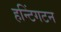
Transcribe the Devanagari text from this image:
हन्टिंगटन